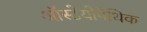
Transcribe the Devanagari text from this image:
ऑस्टेयोपैथिक